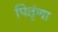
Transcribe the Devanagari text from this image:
पितृंणा